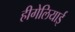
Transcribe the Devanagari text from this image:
हीगेलियाई